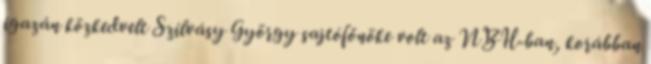
igazán közkedvelt Szilvásy György sajtófőnöke volt az NBH-ban, korábban